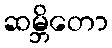
ဆမ္ဘိတော